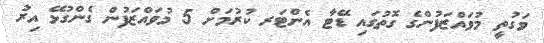
ވަގުތީ މުވައްޒަފުންގެ ގޮތުގައި ޑޭޓާ އެންޓަރ ކުރުމަށް 5 މުވައްޒަފުން ގެންގުޅޭ އިރު